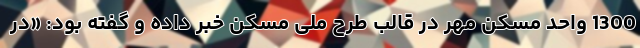
1300 واحد مسکن مهر در قالب طرح ملی مسکن خبر داده و گفته بود: «در